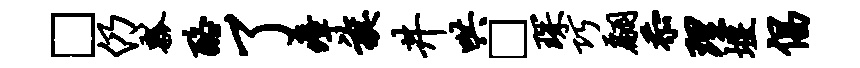
□仍瓢酪了瘴旗井哄□琛巧翩忝理堰倡